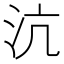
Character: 沆